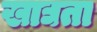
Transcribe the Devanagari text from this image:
खाद्यता